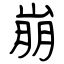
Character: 崩